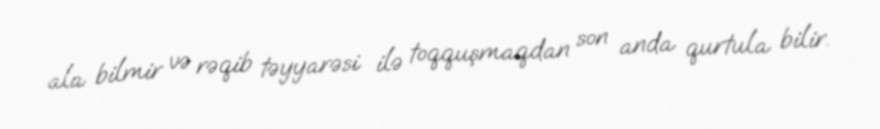
ala bilmir və rəqib təyyarəsi ilə toqquşmaqdan son anda qurtula bilir.